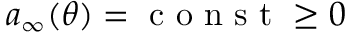
a _ { \infty } ( \theta ) = \mathrm { ~ c ~ o ~ n ~ s ~ t ~ } \geq 0